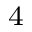
^ 4